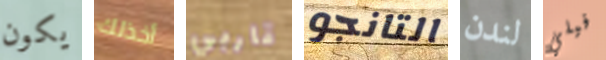
يكون أخذلك قاربي التانجو لندن فيلي